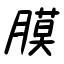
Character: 膜